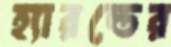
হ্যারল্ডের